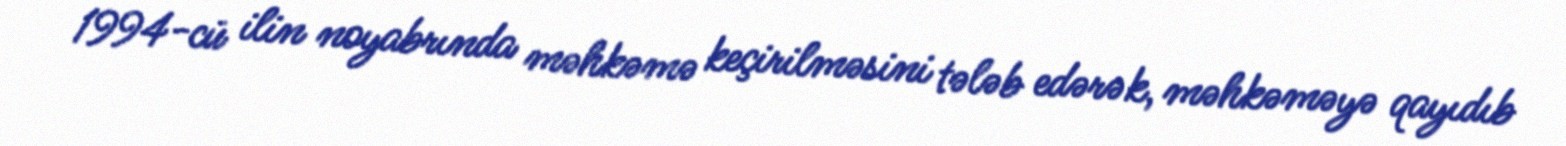
1994-cü ilin noyabrında məhkəmə keçirilməsini tələb edərək, məhkəməyə qayıdıb